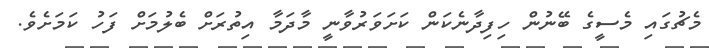
މެޗުގައި މެސީގެ ބޭނުން ހިފިދާނެކަން ކަށަވަރުވާނީ މާދަމާ އިތުރަށް ބެލުމަށް ފަހު ކަމަށެވެ.